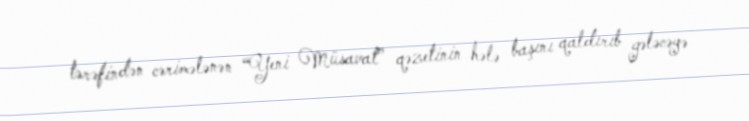
tərəfindən cərimələnən “Yeni Müsavat” qəzetinin hələ başını qaldırıb gələcəyə